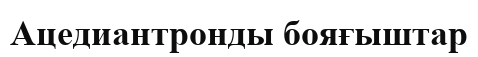
Ацедиантронды бояғыштар